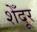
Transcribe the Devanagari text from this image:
शेँदूर